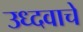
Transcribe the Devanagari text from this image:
उध्दवाचे